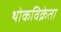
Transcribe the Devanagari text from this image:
थोकविक्रेता